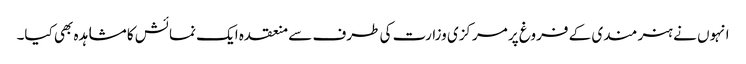
انہوں نے ہنر مندی کے فروغ پر مرکزی وزارت کی طرف سے منعقدہ ایک نمائش کا مشاہدہ بھی کیا۔